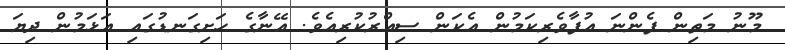
މޫނު މަތިން ފެންނަ އުފާވެރިކަމުން އެކަން ސިއްރުކުރިއެވެ. އޭނާގެ ހަށިގަނޑުގައި އަޅަމުން ދިޔަ